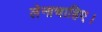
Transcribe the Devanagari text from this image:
लेनाचाहिए।